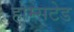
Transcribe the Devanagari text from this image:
होम्सटेड